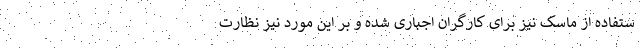
ستفاده از ماسک نیز برای کارگران اجباری شده و بر این مورد نیز نظارت